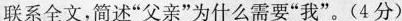
联系全文,简述“父亲”为什么需要“我”。(4分）